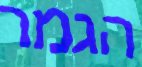
הגמר